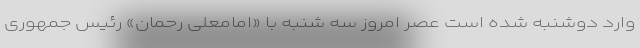
وارد دوشنبه شده است عصر امروز سه شنبه با «امامعلی رحمان» رئیس جمهوری